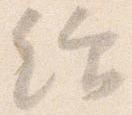
給